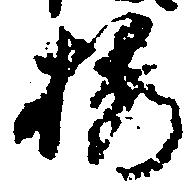
抽